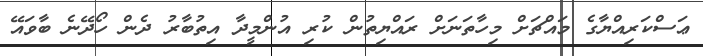
ޢަސްކަރިއްޔާގެ މައްޗަށް މިހާތަނަށް ރައްޔިތުން ކުރި އުންމީދާ އިތުބާރު ދެން ހޯދޭނެ ބާވައޭ